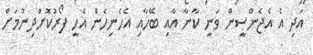
އަދި އެ އެޖެންސީން ވަނީ ކާނާ އާއި ބޭހާއި އެހެނިހެން އެހީ ފޯރުކޮށްދިނުމަށް